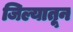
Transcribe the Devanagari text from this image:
जिल्यातून